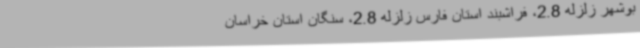
بوشهر زلزله 2.8، فراشبند استان فارس زلزله 2.8، سنگان استان خراسان